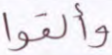
وألقوا